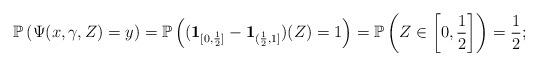
LaTeX: \begin{align*}\mathbb{P}\left(\Psi(x,\gamma,Z)=y\right)= \mathbb{P}\left(( \mathbf{1}_{[0, \frac{1}{2}]} - \mathbf{1}_{(\frac{1}{2},1]} )(Z)=1\right)=\mathbb{P}\left(Z \in \left[0,\frac{1}{2}\right]\right)=\frac{1}{2};\end{align*}